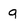
Character: g